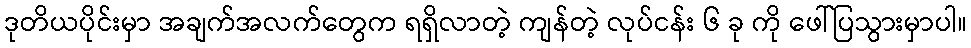
ဒုတိယပိုင်းမှာ အချက်အလက်တွေက ရရှိလာတဲ့ ကျန်တဲ့ လုပ်ငန်း ၆ ခု ကို ဖေါ်ပြသွားမှာပါ။